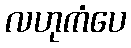
လဟုကံပေ